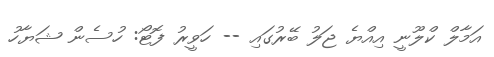
އަމާލް ކްލޫނީ އިއްޔެ ޖަލު ބޭރުގައި -- ހަވީރު ފޮޓޯ: ހުސެން ޝަޔާހު